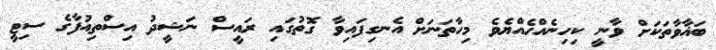
ބަޣާވާތަކަށް ވާނީ ކިހިނެއްހެއްޔެވެ މިހާތަނަށް އެނގިފައިވާ ގޮތުގައި ރައީސް ނަޝީދު އިސްތިއުފާގެ ސިޓީ